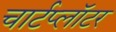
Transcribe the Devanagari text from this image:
चार्टप्लॉटर